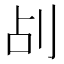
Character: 㓠